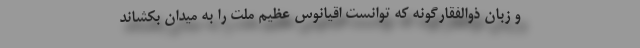
و زبان ذوالفقارگونه که توانست اقیانوس عظیم ملت را به میدان بکشاند